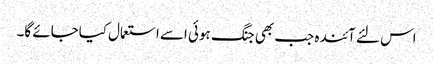
اس لئے آئندہ جب بھی جنگ ہوئی اسے استعمال کیاجائے گا۔